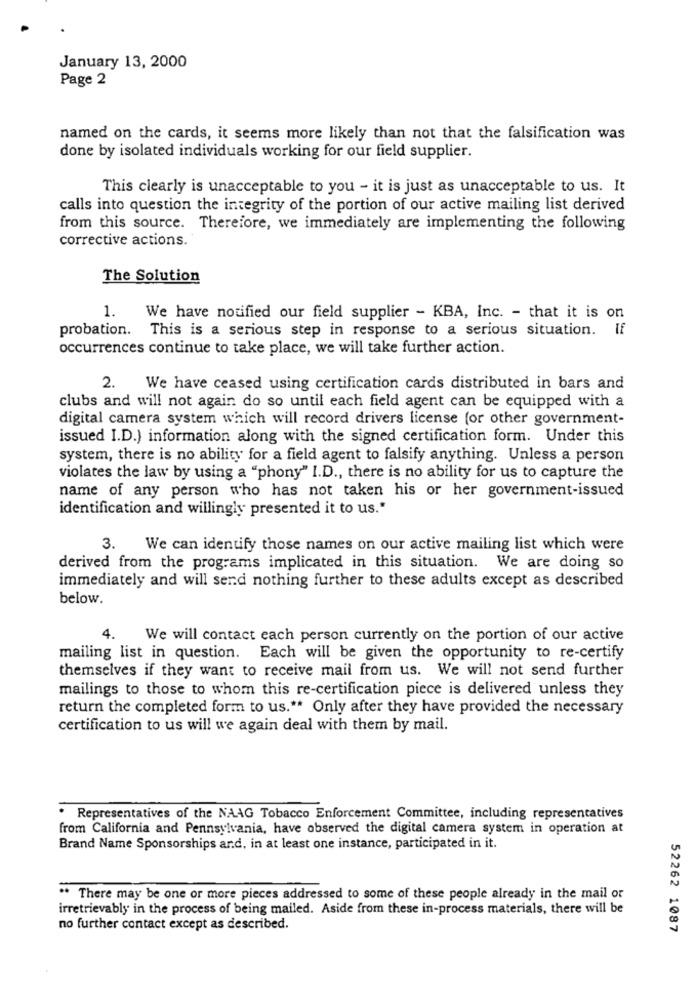
January 13, 2000
Page 2
named on the cards, it seems more likely than not that the falsification was
done by isolated individuals working for our field supplier.
This clearly is unacceptable to you - it is just as unacceptable to us. It
calls into question the integrity of the portion of our active mailing list derived
from this source. Therefore, we immediately are implementing the following
corrective actions.
The Solution
1.
We have notified our field supplier - KBA, Inc. - that it is on
probation. This is a serious step in response to a serious situation. If
occurrences continue to take place, we will take further action.
2.
We have ceased using certification cards distributed in bars and
clubs and will not again do so until each field agent can be equipped with a
digital camera system which will record drivers license (or other government-
issued I.D.) information along with the signed certification form. Under this
system, there is no ability for a field agent to falsify anything. Unless a person
violates the law by using a "phony" I.D ., there is no ability for us to capture the
name of any person who has not taken his or her government-issued
identification and willingly presented it to us."
3. We can identify those names on our active mailing list which were
derived from the programs implicated in this situation. We are doing so
immediately and will send nothing further to these adults except as described
below.
4.
We will contact each person currently on the portion of our active
mailing list in question. Each will be given the opportunity to re-certify
themselves if they want to receive mail from us. We will not send further
mailings to those to whom this re-certification piece is delivered unless they
return the completed form to us .** Only after they have provided the necessary
certification to us will we again deal with them by mail.
Representatives of the NAAG Tobacco Enforcement Committee, including representatives
from California and Pennsylvania, have observed the digital camera system in operation at
Brand Name Sponsorships ard, in at least one instance, participated in it.
** There may be one or more pieces addressed to some of these people already in the mail or
irretrievably in the process of being mailed. Aside from these in-process materials, there will be
no further contact except as described.
52262 1087